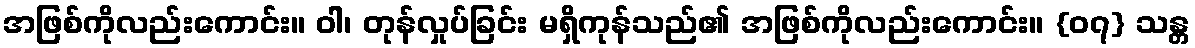
အဖြစ်ကိုလည်းကောင်း။ ဝါ၊ တုန်လှုပ်ခြင်း မရှိကုန်သည်၏ အဖြစ်ကိုလည်းကောင်း။ {၀၇} သန္တ